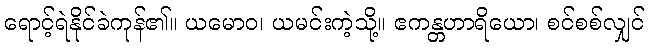
ရောင့်ရဲနိုင်ခဲကုန်၏။ ယမောဝ၊ ယမင်းကဲ့သို့။ ဧကန္တဟာရိယော၊ စင်စစ်လျှင်